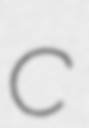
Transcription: C